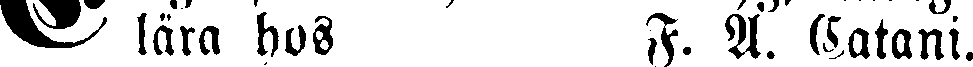
# lära hos F. A. Catani.